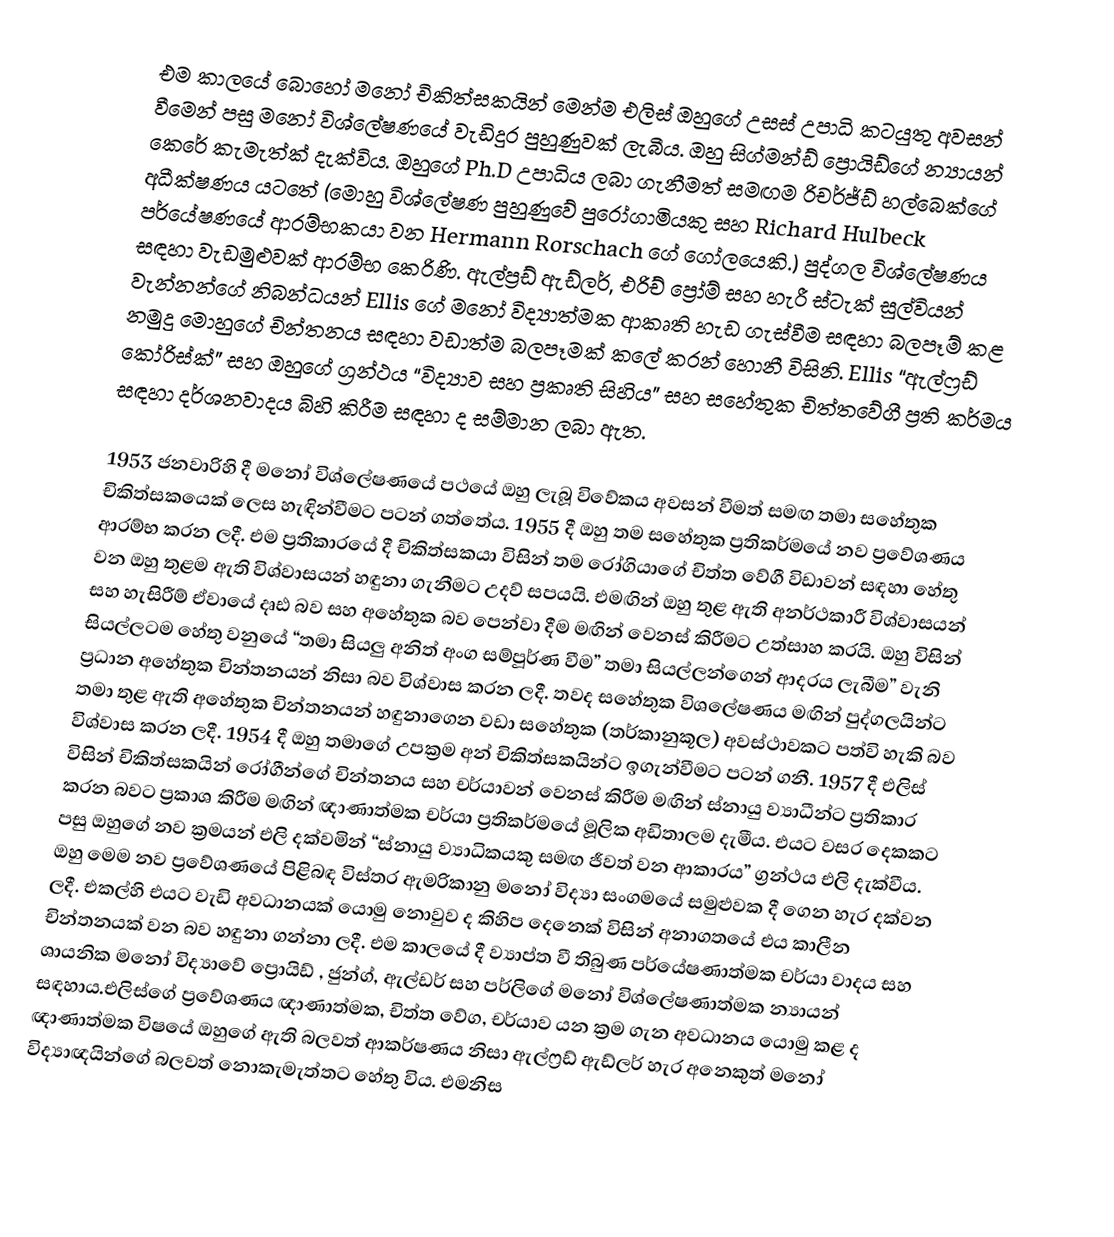
එම කාලයේ බොහෝ මනෝ චිකිත්සකයින් මෙන්ම එලිස් ඔහුගේ උසස් උපාධි කටයුතු අවසන් වීමෙන් පසු මනෝ විශ්ලේෂණයේ වැඩිදුර පුහුණුවක් ලැබීය. ඔහු සිග්මන්ඩ් ප්‍රොයිඩ්ගේ න්‍යායන් කෙරේ කැමැත්ක් දැක්විය. ඔහුගේ Ph.D උපාධිය ලබා ගැනීමත් සමඟම රිචර්ජ්ඩ් හල්බෙක්ගේ අධීක්ෂණය යටතේ (මොහු විශ්ලේෂණ පුහුණුවේ පුරෝගාමියකු සහ Richard Hulbeck  පර්යේෂණයේ ආරම්භකයා වන Hermann Rorschach ගේ ‍ගෝලයෙකි.) පුද්ගල විශ්ලේෂණය සඳහා වැඩමුළුවක් ආරම්භ කෙරිණි. ඇල්ප්‍රඩ් ඇඩ්ලර්, එරිච් ප්‍රෝම් සහ හැරී ස්ටැක් සුල්වියන් වැන්නන්ගේ නිබන්ධයන් Ellis ගේ මනෝ විද්‍යාත්මක ආකෘති හැඩ ගැස්වීම සඳහා බලපෑම් කළ නමුදු මොහුගේ චින්තනය සඳහා වඩාත්ම බලපෑමක් කලේ කරන් හොනී විසිනි. Ellis “ඇල්ෆ්‍රඩ් කෝරිස්ක්” සහ ඔහුගේ ග්‍රන්ථය “විද්‍යාව සහ ප්‍රකෘති සිහිය” සහ සහේතුක චිත්තවේගී ප්‍රති කර්මය සඳහා දර්ශනවාදය බිහි කිරීම සඳහා ද සම්මාන ලබා ඇත.

1953 ජනවාරිහි දී ම‍නෝ විශ්ලේෂණයේ පථයේ ඔහු ලැබූ විවේකය අවසන් වීමත් සමඟ තමා සහේතුක චිකිත්සකයෙක් ලෙස හැඳින්වීමට පටන් ගත්තේය. 1955 දී ඔහු තම සහේතුක ප්‍රතිකර්මයේ නව ප්‍රවේශණය ආරම්භ කරන ලදී. එම ප්‍රතිකාරයේ දී චිකිත්සකයා විසින් තම රෝගියාගේ චිත්ත වේගී විඩාවන් සඳහා හේතු වන ඔහු තුළම ඇති විශ්වාසයන් හඳුනා ගැනීමට උදව් සපයයි. එමඟින් ඔහු තුළ ඇති අනර්ථකාරී විශ්වාසයන් සහ හැසිරීම් ඒවායේ දෘඪ බව සහ අහේතුක බව පෙන්වා දීම මඟින් වෙනස් කිරීමට උත්සාහ කරයි. ඔහු විසින් සියල්ලටම හේතු වනුයේ “තමා සියලු අනිත් අංග සම්පූර්ණ වීම” තමා සියල්ලන්ගෙන් ආදරය ලැබීම” වැනි ප්‍රධාන අහේතුක චින්තනයන් නිසා බව විශ්වාස කරන ලදී. තවද සහේතුක විශලේෂණය මඟින් පුද්ගලයින්ට තමා තුළ ඇති අහේතුක චින්තනයන් හඳුනාගෙන වඩා සහේතුක (තර්කානුකූල) අවස්ථාවකට පත්වි හැකි බව විශ්වාස කරන ලදී. 1954 දී ඔහු තමාගේ උපක්‍රම අන් චිකිත්සකයින්ට ඉගැන්වීමට පටන් ගනී. 1957 දී එලිස් විසින් චිකිත්සකයින් රෝගීන්ගේ චින්තනය සහ චර්යාවන් වෙනස් කිරීම මඟින් ස්නායු ව්‍යාධීන්ට ප්‍රතිකාර කරන බවට ප්‍රකාශ කිරීම මඟින් ඥාණාත්මක චර්යා ප්‍රතිකර්මයේ මූලික අඩිතාලම දැමීය. එයට වසර දෙකකට පසු ඔහුගේ නව ක්‍රමයන් එලි දක්වමින් “ස්නායු ව්‍යාධිකයකු සමඟ ජීවත් වන ආකාරය” ග්‍රන්ථය එලි දැක්වීය. ඔහු මෙම නව ප්‍රවේශණයේ පිළිබඳ විස්තර ඇමරිකානු මනෝ විද්‍යා සංගමයේ සමුළුවක දී ගෙන හැර දක්වන ලදී. එකල්හි එයට වැඩි අවධානයක් යොමු නොවුව ද කිහිප දෙනෙක් විසින් අනාගතයේ එය කාලීන චින්තනයක් වන බව හඳුනා ගන්නා ලදී. එම කාලයේ දී ව්‍යාප්ත වී තිබුණ පර්යේෂණාත්මක චර්යා වාදය සහ ශායනික මනෝ විද්‍යාවේ ප්‍රොයිඩ් , ජුන්ග්, ඇල්ඩර් සහ පර්ලිගේ මනෝ විශ්ලේෂණාත්මක න්‍යායන් සඳහාය.එලිස්ගේ ප්‍රවේශණය ඥාණාත්මක, චිත්ත වේග, චර්යාව යන ක්‍රම ගැන අවධානය යොමු කළ ද ඥාණාත්මක විෂයේ ඔහුගේ ඇති බලවත් ආකර්ෂණය නිසා ඇල්ෆ්‍රඩ් ඇඩ්ලර් හැර අනෙකුත් මනෝ විද්‍යාඥයින්ගේ බලවත් නොකැමැත්තට හේතු විය. එමනිස